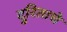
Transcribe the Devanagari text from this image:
दुरिताचे